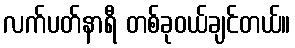
လက်ပတ်နာရီ တစ်ခုဝယ်ချင်တယ်။